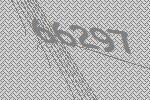
66297